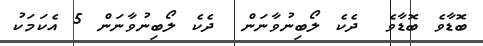
ބޮޑާވެ ބޮޑާވެ  ދެކެ ލޯބިނުވާނަން  ދެކެ ލޯބިނުވާނަން 5 އެކަމަކު